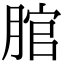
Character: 𦜐